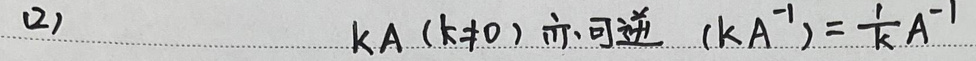
(2) \(kA(k\neq 0)\)亦可逆 \((kA^{-1})=\frac{1}{k}A^{-1}\)